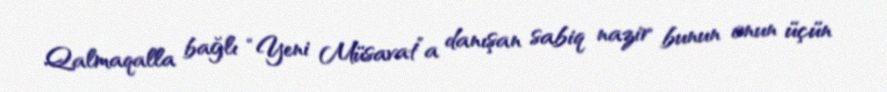
Qalmaqalla bağlı “Yeni Müsavat”a danışan sabiq nazir bunun onun üçün